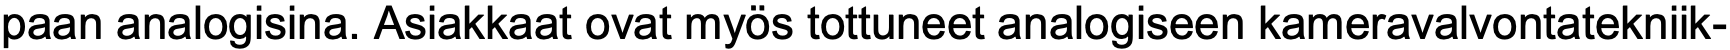
paan analogisina. Asiakkaat ovat myös tottuneet analogiseen kameravalvontatekniik-